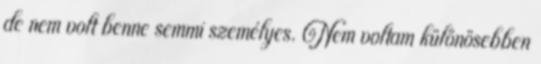
de nem volt benne semmi személyes. Nem voltam különösebben